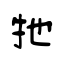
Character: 牠